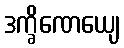
ဒက္ခိဏေယျေ